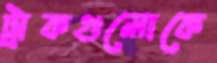
ট্রাকগুলোকে